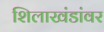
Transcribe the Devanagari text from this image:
शिलाखंडांवर